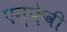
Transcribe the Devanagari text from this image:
एन्फ़ेवी